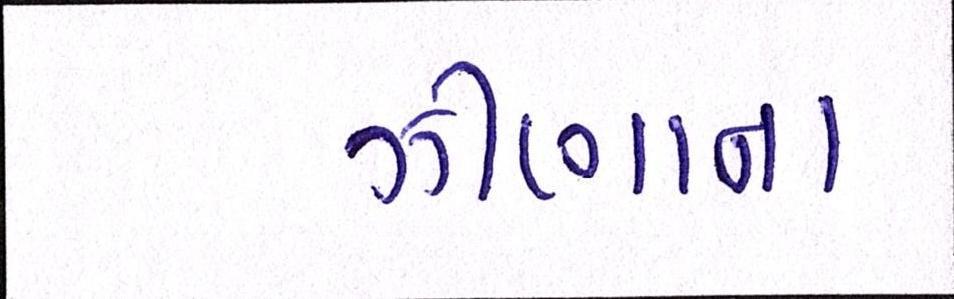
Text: ઝીણાના